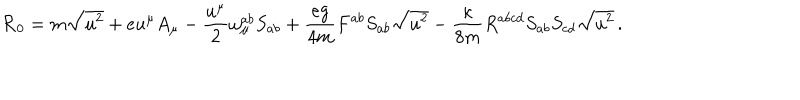
{ \cal R } _ { 0 } = m \sqrt { u ^ { 2 } } + e u ^ { \mu } A _ { \mu } - \frac { u ^ { \mu } } { 2 } { \omega } _ { \mu } ^ { a b } S _ { a b } + \frac { e g } { 4 m } F ^ { a b } S _ { a b } \sqrt { u ^ { 2 } } - \frac { \kappa } { 8 m } R ^ { a b c d } S _ { a b } S _ { c d } \sqrt { u ^ { 2 } } \, .